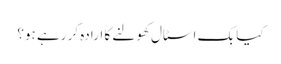
کیا بک اسٹال کھولنے کا ارادہ کر رہے ہو؟